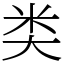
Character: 类